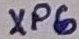
Text: XP6